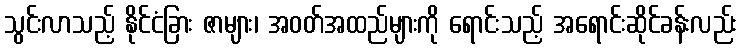
သွင်းလာသည့် နိုင်ငံခြား ဇာများ၊ အဝတ်အထည်များကို ရောင်းသည့် အရောင်းဆိုင်ခန်းလည်း